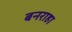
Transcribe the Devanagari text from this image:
बनराहा